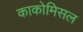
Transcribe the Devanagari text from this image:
काकोमिसल